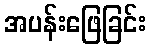
အပန်းဖြေခြင်း